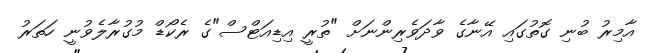
އާމިރު ބުނި ގޮތުގައި އޭނާގެ ވާދަވެރިންނަށް "ތުރީ އިޑިއަޓްސް"ގެ ރެކޯޑް މުގުރާލެވުނީ ހަތަރު